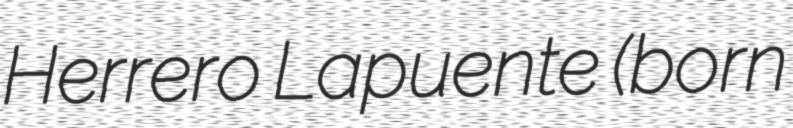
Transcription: Herrero Lapuente (born